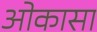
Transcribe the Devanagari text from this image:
ओकासा